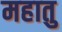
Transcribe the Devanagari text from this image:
महातु